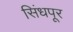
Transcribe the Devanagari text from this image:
सिंधपूर